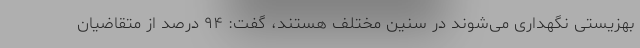
بهزیستی نگهداری می‌شوند در سنین مختلف هستند، گفت: ۹۴ درصد از متقاضیان